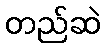
တည်ဆဲ